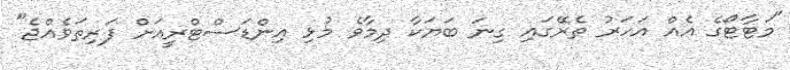
"މަޓާޓޯގެ އެއް އަހަރު ތެރޭގައި ގިނަ ބަޔަކާ ދިމާވެ މުޅި އިންޑަސްޓްރީއަށް ފަރިތަވެއްޖެ"